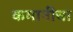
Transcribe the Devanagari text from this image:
कमानींचा